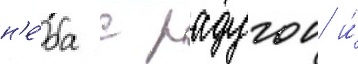
н'е́ба с радугои и́